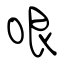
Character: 哏